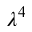
\lambda ^ { 4 }